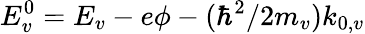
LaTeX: E_{v}^{0}=E_{v}-e\phi-(\hbar^{2}/2m_{v})k_{0,v}